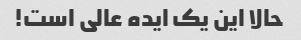
حالا این یک ایده عالی است!